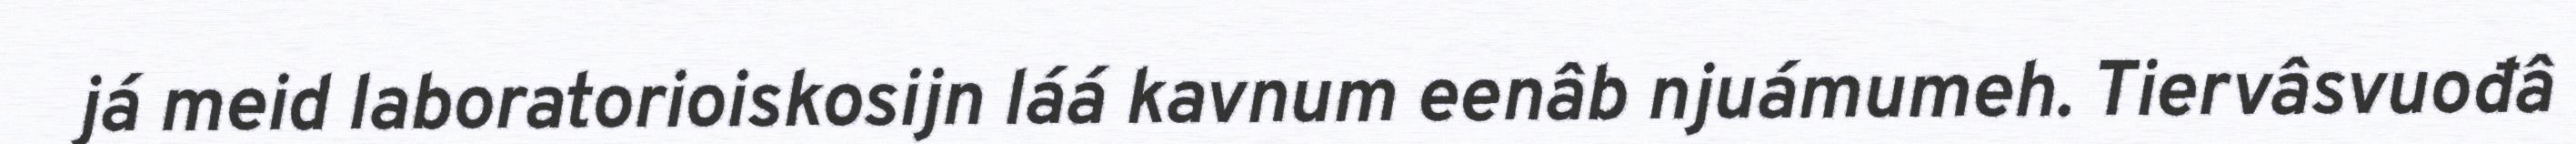
já meid laboratorioiskosijn láá kavnum eenâb njuámumeh. Tiervâsvuođâ